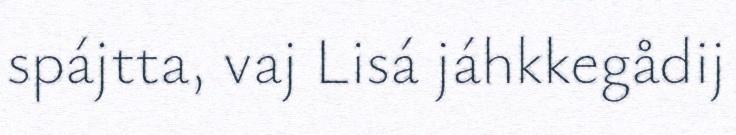
spájtta, vaj Lisá jáhkkegådij